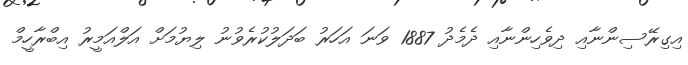
އިގިރޭސިންނާއި ދިވެހިންނާއި ދެމެދު 1887 ވަނަ އަހަރު ބަދަލުކުރެވުނު ލިޔުމަށް އަލްއަމީރު އިބްރާހީމް